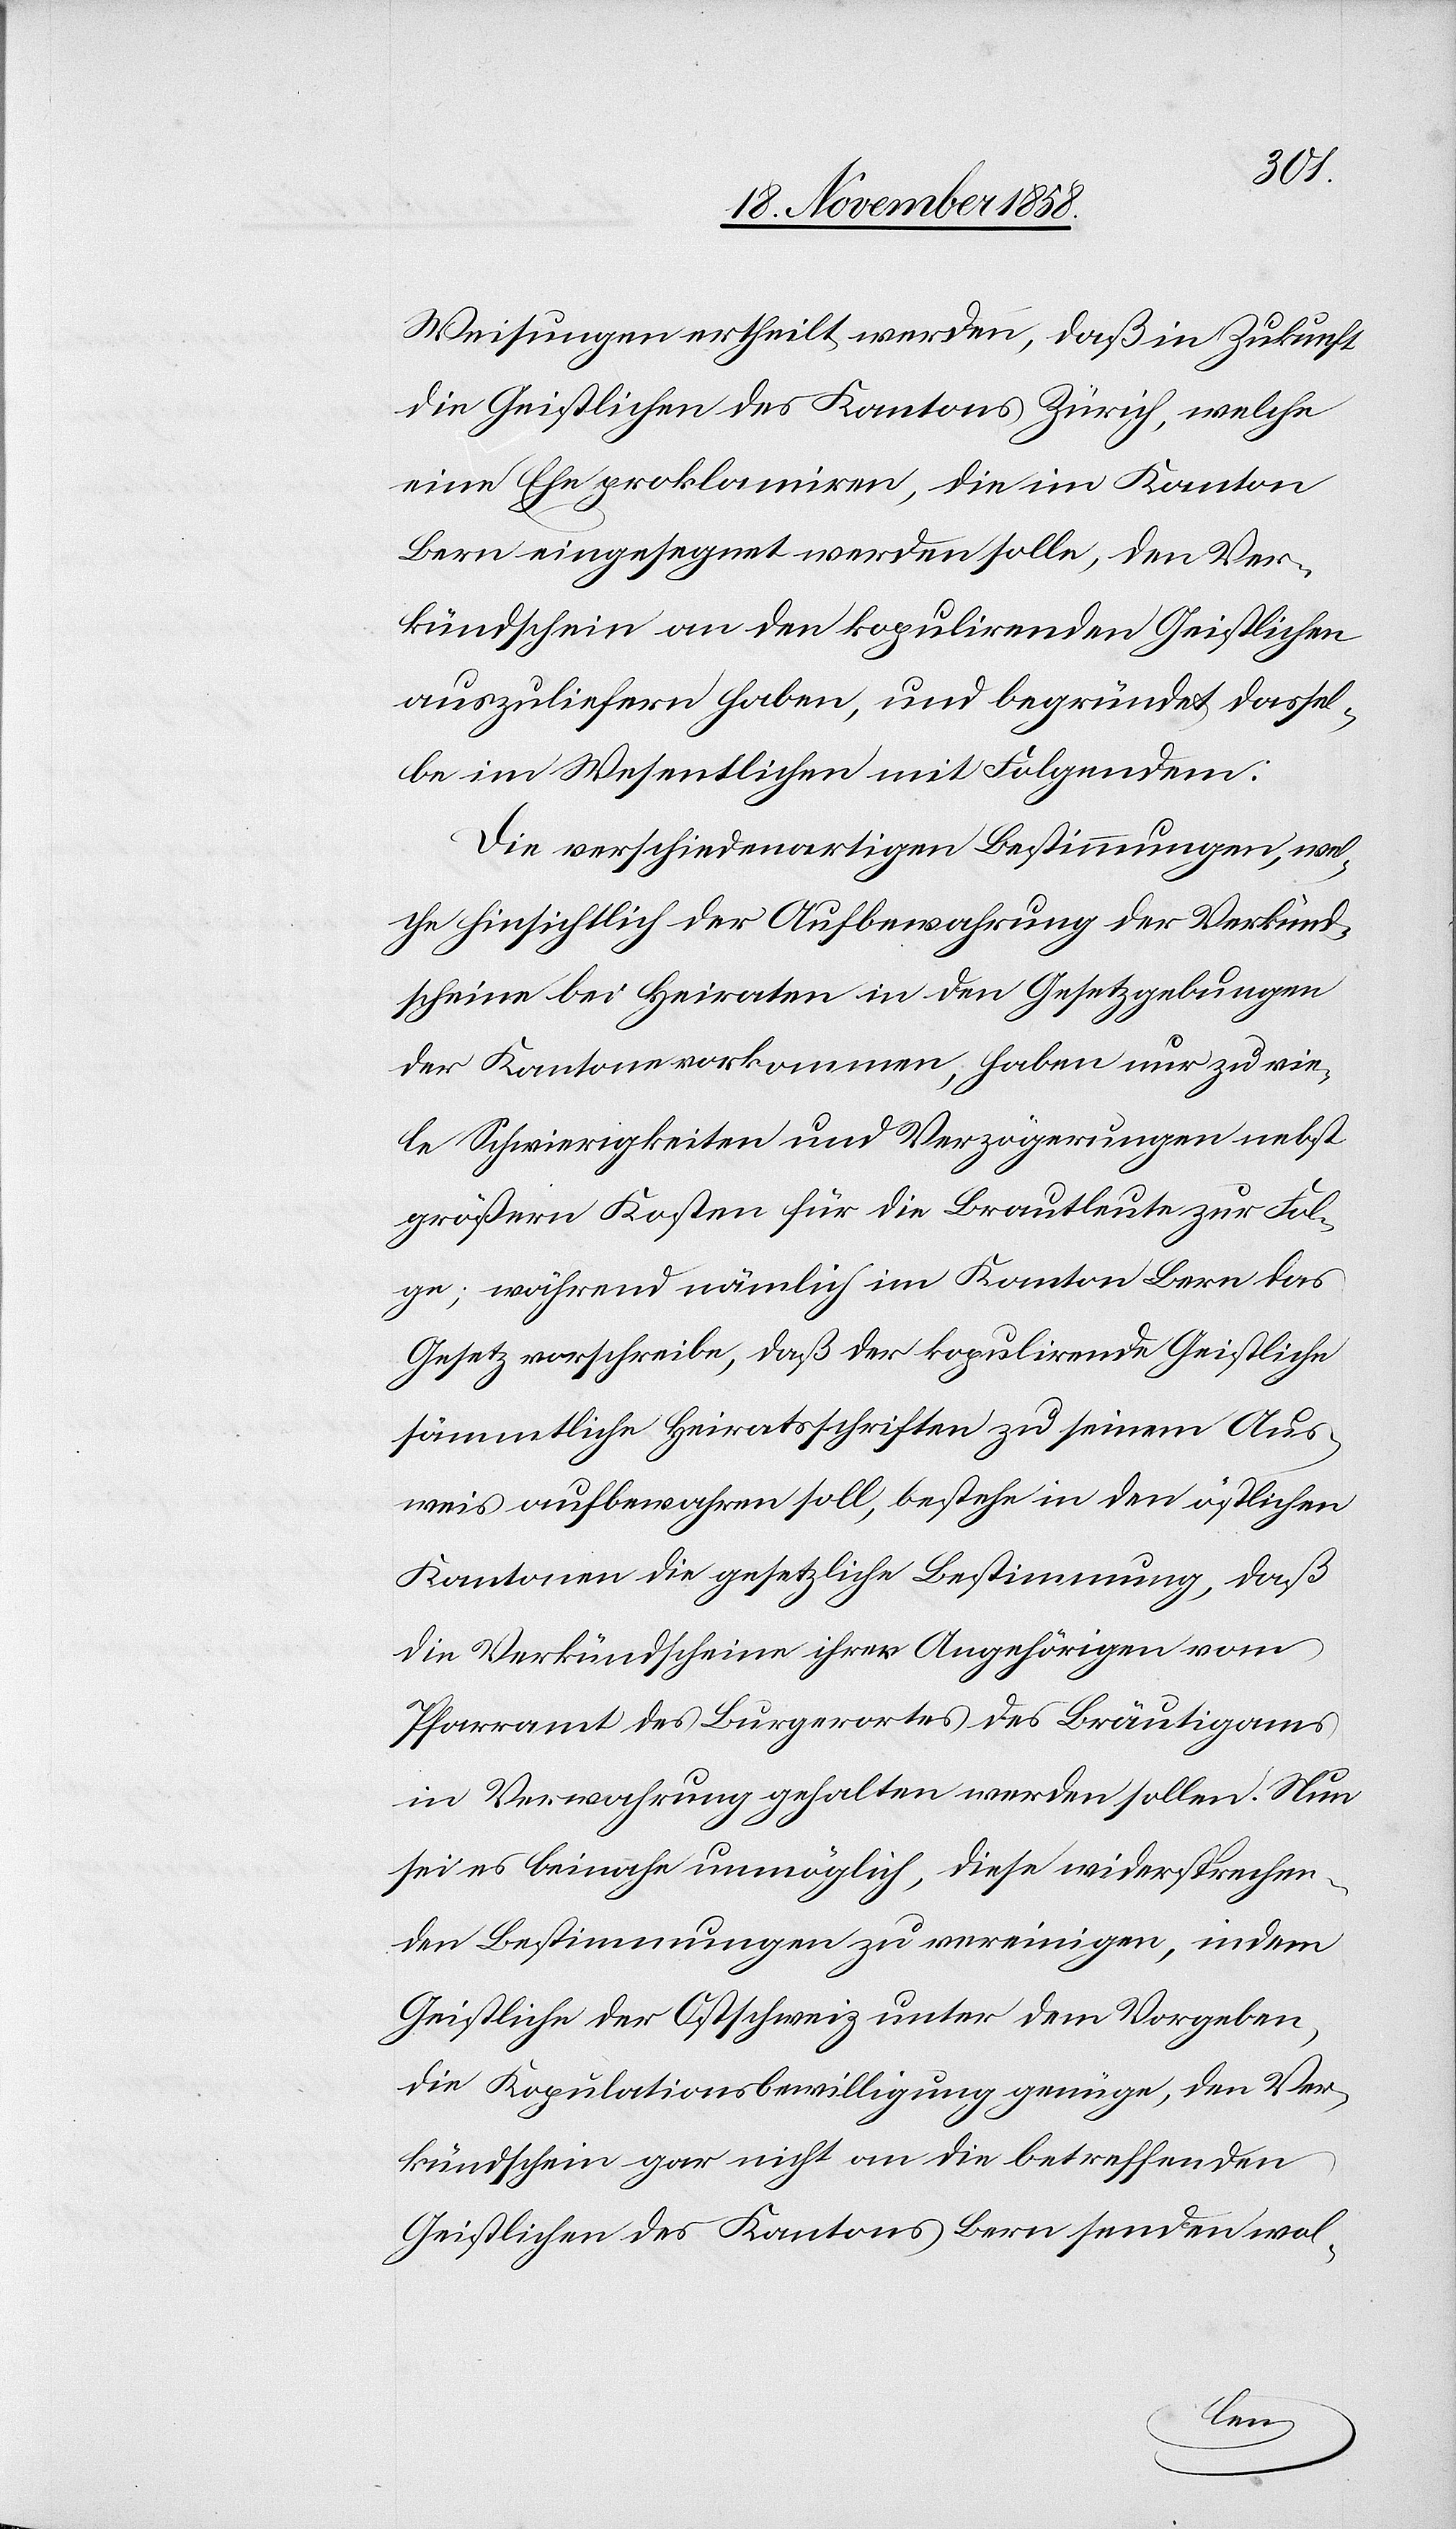
Weisungen ertheilt werden, daß in Zukunft
die Geistlichen des Kantons Zürich, welche
eine Ehe proklamiren, die im Kanton
Bern eingesegnet werden solle, den Ver¬
kündschein an den kopulirenden Geistlichen
auszuliefern haben, und begründet dassel¬
be im Wesentlichen mit Folgendem:
Die verschiedenartigen Bestimmungen, wel¬
che hinsichtlich der Aufbewahrung der Verkünd¬
scheine bei Heiraten in den Gesetzgebungen
der Kantone vorkommen, haben nur zu vie¬
le Schwierigkeiten und Verzögerungen nebst
größern Kosten für die Brautleute zur Fol¬
ge; während nämlich im Kanton Bern das
Gesetz vorschreibe, daß der kopulirende Geistliche
sämmtliche Heiratsschriften zu seinem Aus¬
weis aufbewahren soll, bestehe in den östlichen
Kantonen die gesetzliche Bestimmung, daß
die Verkündscheine ihrer Angehörigen vom
Pfarramt des Burgerortes des Bräutigams
in Verwahrung gehalten werden sollen. Nun
sei es beinahe unmöglich, diese widersprechen¬
den Bestimmungen zu vereinigen, indem
Geistliche der Ostschweiz unter dem Vorgeben,
die Kopulationsbewilligung genüge, den Ver¬
kündschein gar nicht an die betreffenden
Geistlichen des Kantons Bern senden wol-